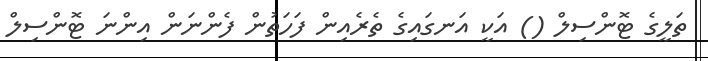
ތަލީގެ ޓޮންސިލް () އަކީ އަނގައިގެ ތެރެއިން ފަހަތުން ފެންނަން އިންނަ ޓޮންސިލް